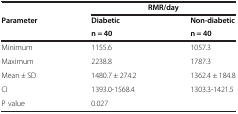
|  | <COLSPAN=2> RMR/day |
 | <ROWSPAN=2> Parameter | Diabetic | Non-diabetic |
 | n = 40 | n = 40 |
 | --- | --- | --- |
 | Minimum | 1155.6 | 1057.3 |
 | Maximum | 2238.8 | 1787.3 |
 | Mean ± SD | 1480.7 ± 274.2 | 1362.4 ± 184.8 |
 | CI | 1393.0-1568.4 | 1303.3-1421.5 |
 | P value | <COLSPAN=2> 0.027 |